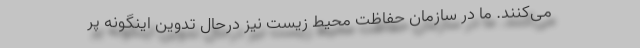
می‌کنند. ما در سازمان حفاظت محیط‌ زیست نیز درحال تدوین اینگونه پر